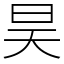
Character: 昊